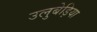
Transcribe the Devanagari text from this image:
उलुबेड़िया